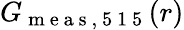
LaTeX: G_{\mathrm{~m~e~a~s~,~5~1~5~}}(r)